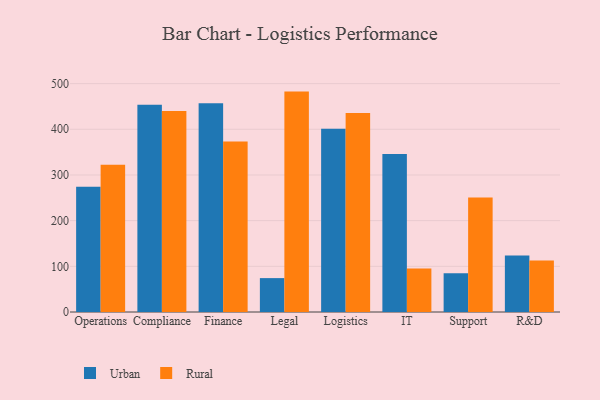
{"axis": {"x": "Department", "y": "Market Share (%)"}, "legend": ["Rural", "Urban"], "data": [{"x": "Operations", "y": 274.2, "type": "Urban"}, {"x": "Operations", "y": 322.3, "type": "Rural"}, {"x": "Compliance", "y": 453.8, "type": "Urban"}, {"x": "Compliance", "y": 439.9, "type": "Rural"}, {"x": "Finance", "y": 457.0, "type": "Urban"}, {"x": "Finance", "y": 373.5, "type": "Rural"}, {"x": "Legal", "y": 74.2, "type": "Urban"}, {"x": "Legal", "y": 482.5, "type": "Rural"}, {"x": "Logistics", "y": 401.2, "type": "Urban"}, {"x": "Logistics", "y": 435.9, "type": "Rural"}, {"x": "IT", "y": 346.0, "type": "Urban"}, {"x": "IT", "y": 95.2, "type": "Rural"}, {"x": "Support", "y": 84.6, "type": "Urban"}, {"x": "Support", "y": 250.7, "type": "Rural"}, {"x": "R&D", "y": 123.8, "type": "Urban"}, {"x": "R&D", "y": 112.6, "type": "Rural"}]}